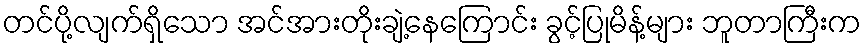
တင်ပို့လျက်ရှိသော အင်အားတိုးချဲ့နေကြောင်း ခွင့်ပြုမိန့်များ ဘူတာကြီးက